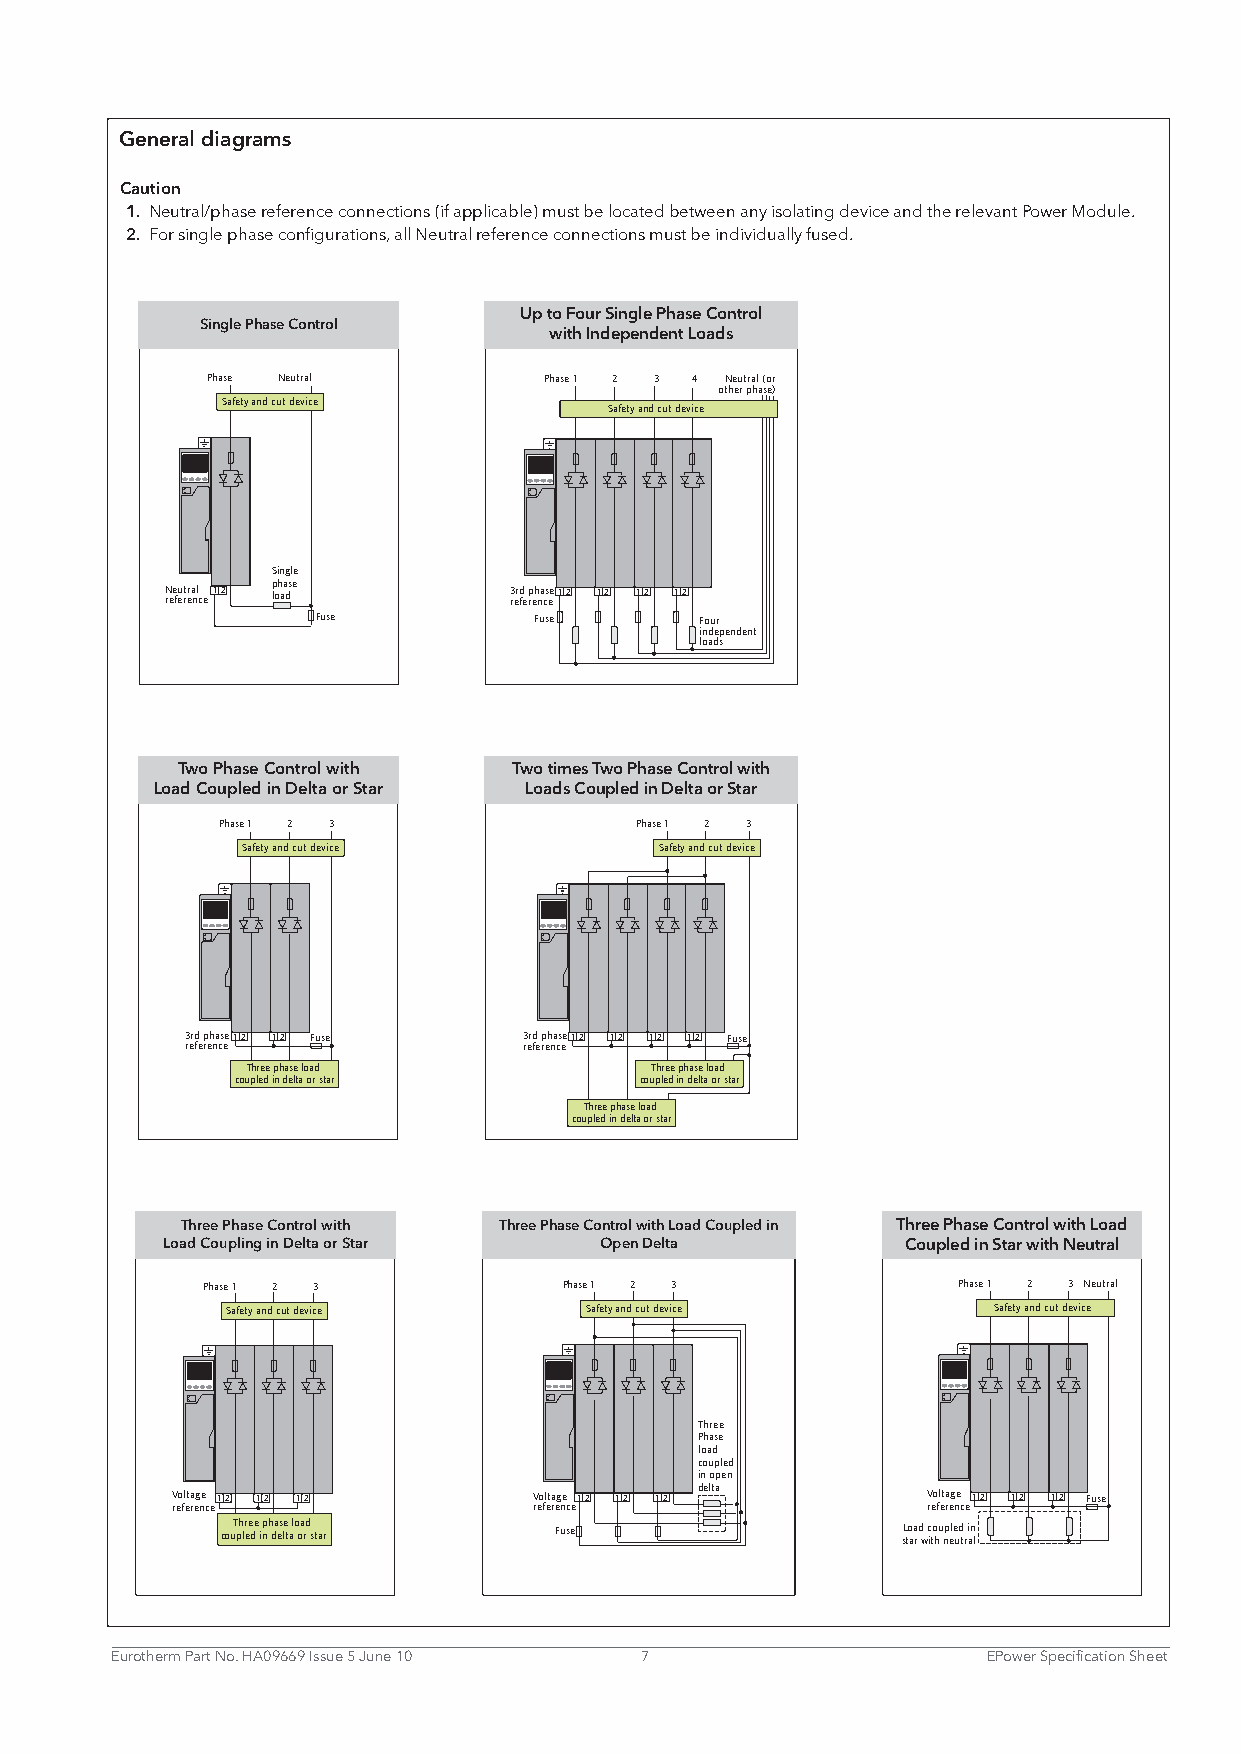
General diagrams
 Caution
 1. Neutral/phase reference connections (if applicable) must be located between any isolating device and the relevant Power Module.
 2. For single phase configurations, all Neutral reference connections must be individually fused.
 Up to Four Single Phase Control
 Single Phase Control
 with Independent Loads
 Phase Neutral         Phase 1 2 3 4 Neutral (or
 other phase)
 Safety and cut device
 Safety and cut device
 Single
 N ree feu rt era nl ce12 p loh aa dse 3 rer fd
 e
 rp eh na cs ee12 12 12 12
 Fuse          Fuse       Four
 independent
 loads
 Two Phase Control with Two times Two Phase Control with
 Load Coupled in Delta or Star Loads Coupled in Delta or Star
 Phase 1 2 3                 Phase 1 2 3
 Safety and cut device       Safety and cut device
 3rd phase12 12 Fuse    3rd phase12 12 12 12 Fuse
 reference              reference
 Three phase load           Three phase load
 coupled in delta or star  coupled in delta or star
 Three phase load
 coupled in delta or star
 Three Phase Control with Three Phase Control with Load Coupled in Three Phase Control with Load
 Load Coupling in Delta or Star Open Delta        Coupled in Star with Neutral
 Phase 1 2 3             Phase 1 2 3               Phase 1 2 3 Neutral
 Safety and cut device   Safety and cut device      Safety and cut device
 Three
 Phase
 load
 coupled
 in open
 Voltage 12 12 12        Voltage 12 12 12 delta    Voltage 12 12 12 Fuse
 reference               reference                 reference
 couT ph lr ee de ip nh da es le t alo oa rd s tar Fuse sL to aa r d w c ito hu np ele ud tr i an l
 Eurotherm Part No. HA09669 Issue 5 June 10 7              EPower Specification Sheet